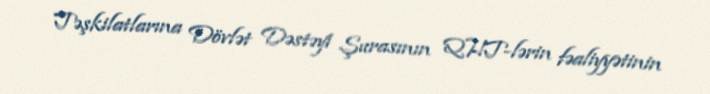
Təşkilatlarına Dövlət Dəstəyi Şurasının QHT-lərin fəaliyyətinin